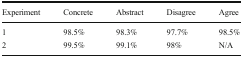
<table><thead><tr><td><b>Experiment</b></td><td><b>Concrete</b></td><td><b>Abstract</b></td><td><b>Disagree</b></td><td><b>Agree</b></td></tr></thead><tbody><tr><td>1</td><td>98.5%</td><td>98.3%</td><td>97.7%</td><td>98.5%</td></tr><tr><td>2</td><td>99.5%</td><td>99.1%</td><td>98%</td><td>N/A</td></tr></tbody></table>